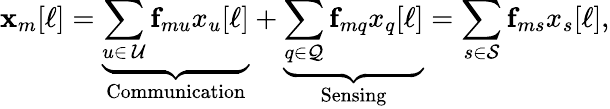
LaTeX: {\mathbf{x}}_{m}[\ell]=\underbrace{\sum_{u\in\, \mathcal{U}}{\mathbf{f}}_{mu}x_{u}[\ell]}_{\textrm{Communication}}+\underbrace{\sum_{q\in\mathcal{Q}}{\mathbf{f}}_{mq}x_{q}[\ell]}_{\textrm{Sensing}}=\sum_{s\in\mathcal{S}}{\mathbf{f}}_{ms}x_{s}[\ell],